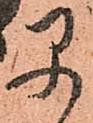
早